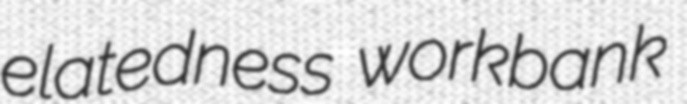
elatedness workbank